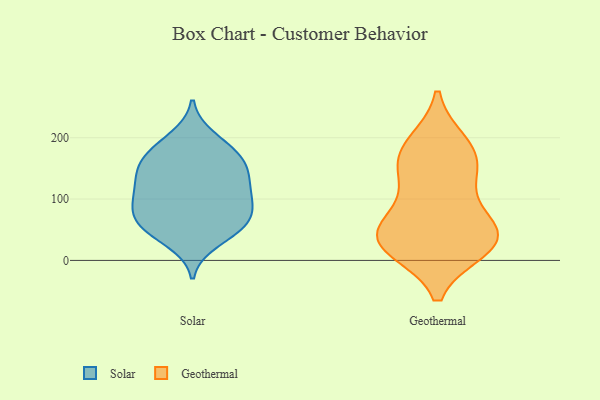
{"axis": {"x": "Population (Million)", "y": "Value"}, "legend": ["Geothermal", "Solar"], "data": [{"x": "", "y": 59, "type": "Solar"}, {"x": "", "y": 165, "type": "Solar"}, {"x": "", "y": 109, "type": "Solar"}, {"x": "", "y": 151, "type": "Solar"}, {"x": "", "y": 66, "type": "Solar"}, {"x": "", "y": 53, "type": "Solar"}, {"x": "", "y": 172, "type": "Solar"}, {"x": "", "y": 149, "type": "Solar"}, {"x": "", "y": 52, "type": "Solar"}, {"x": "", "y": 127, "type": "Solar"}, {"x": "", "y": 95, "type": "Solar"}, {"x": "", "y": 104, "type": "Solar"}, {"x": "", "y": 185, "type": "Solar"}, {"x": "", "y": 31, "type": "Solar"}, {"x": "", "y": 72, "type": "Solar"}, {"x": "", "y": 200, "type": "Solar"}, {"x": "", "y": 96, "type": "Solar"}, {"x": "", "y": 140, "type": "Solar"}, {"x": "", "y": 40, "type": "Geothermal"}, {"x": "", "y": 72, "type": "Geothermal"}, {"x": "", "y": 26, "type": "Geothermal"}, {"x": "", "y": 152, "type": "Geothermal"}, {"x": "", "y": 190, "type": "Geothermal"}, {"x": "", "y": 20, "type": "Geothermal"}, {"x": "", "y": 38, "type": "Geothermal"}, {"x": "", "y": 45, "type": "Geothermal"}, {"x": "", "y": 118, "type": "Geothermal"}, {"x": "", "y": 160, "type": "Geothermal"}, {"x": "", "y": 29, "type": "Geothermal"}, {"x": "", "y": 181, "type": "Geothermal"}]}